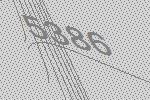
5386